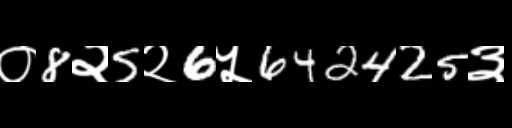
Text: ०8२5२6५642425३